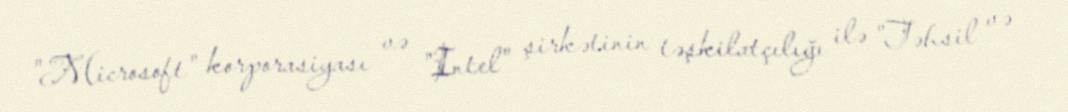
"Microsoft" korporasiyası və "Intel" şirkətinin təşkilatçılığı ilə "Təhsil və